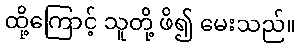
ထို့ကြောင့် သူတို့ ဖိ၍ မေးသည်။